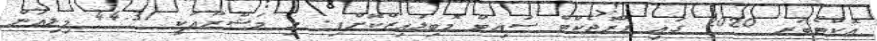
އޮކްޓޯބަރ 2020 ގައި ޕްރޮޖެކްޓް ސައިޓް މޮބިލައިޒްކޮށްފި. މި މަޝްރޫޢަކީ 44.31 މިލިއަން